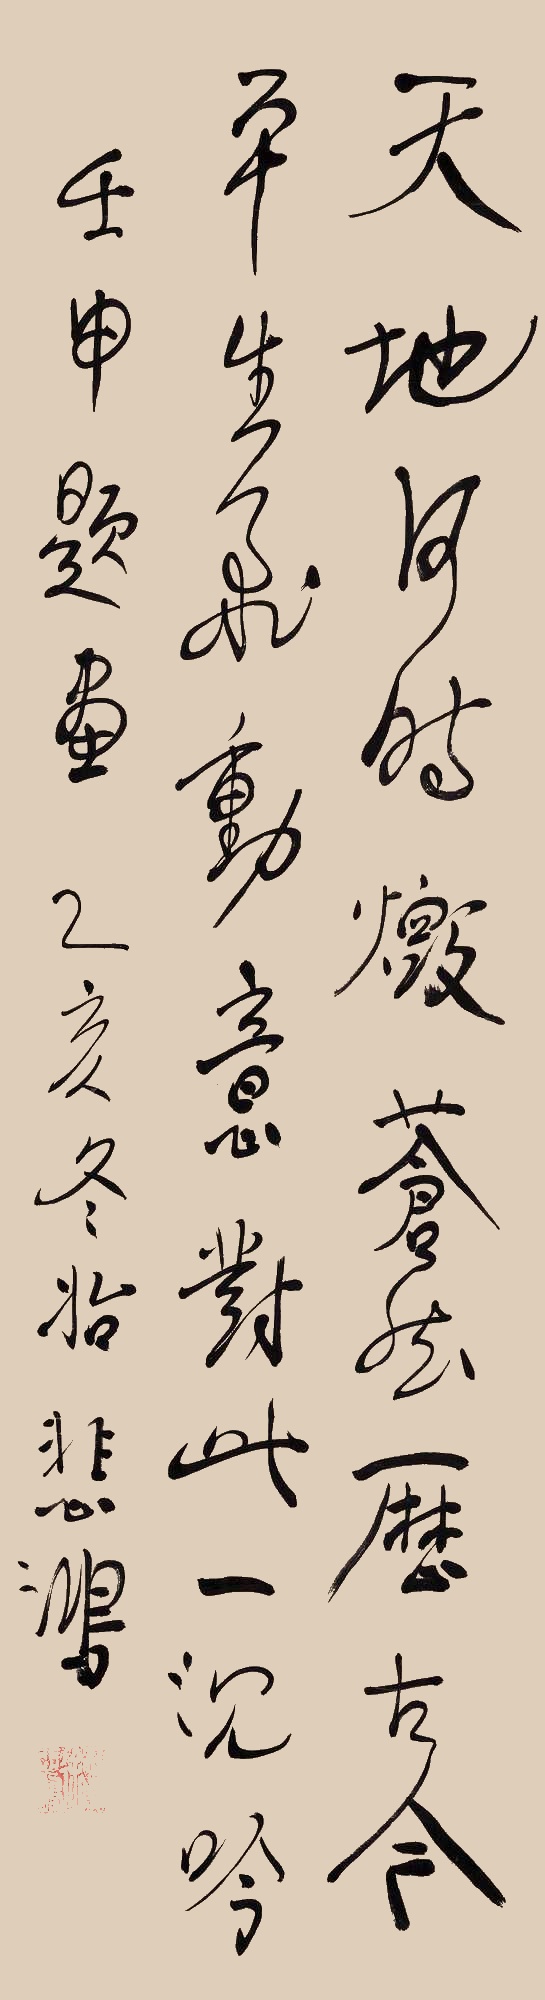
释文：天地何时毁，苍然历古今。平生飞动意，对此一沉吟。壬申题画。乙亥冬始。悲鸿。